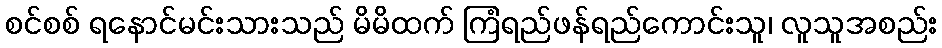
စင်စစ် ရနောင်မင်းသားသည် မိမိထက် ကြံရည်ဖန်ရည်ကောင်းသူ၊ လူသူအစည်း